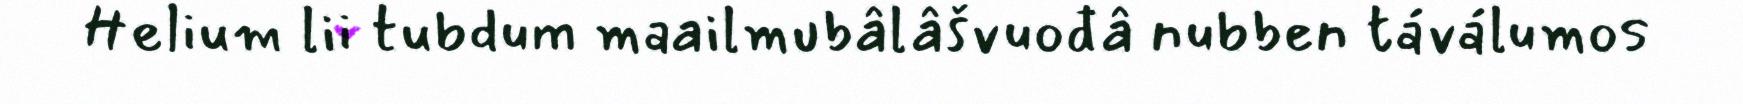
Helium lii tubdum maailmubâlâšvuođâ nubben táválumos